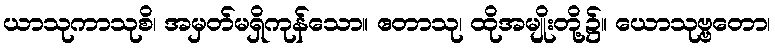
ယာသုကာသုစိ၊ အမှတ်မရှိကုန်သော။ ဧတာသု၊ ထိုအမျိုးတို့၌။ ယောသုဗ္ဗတော၊